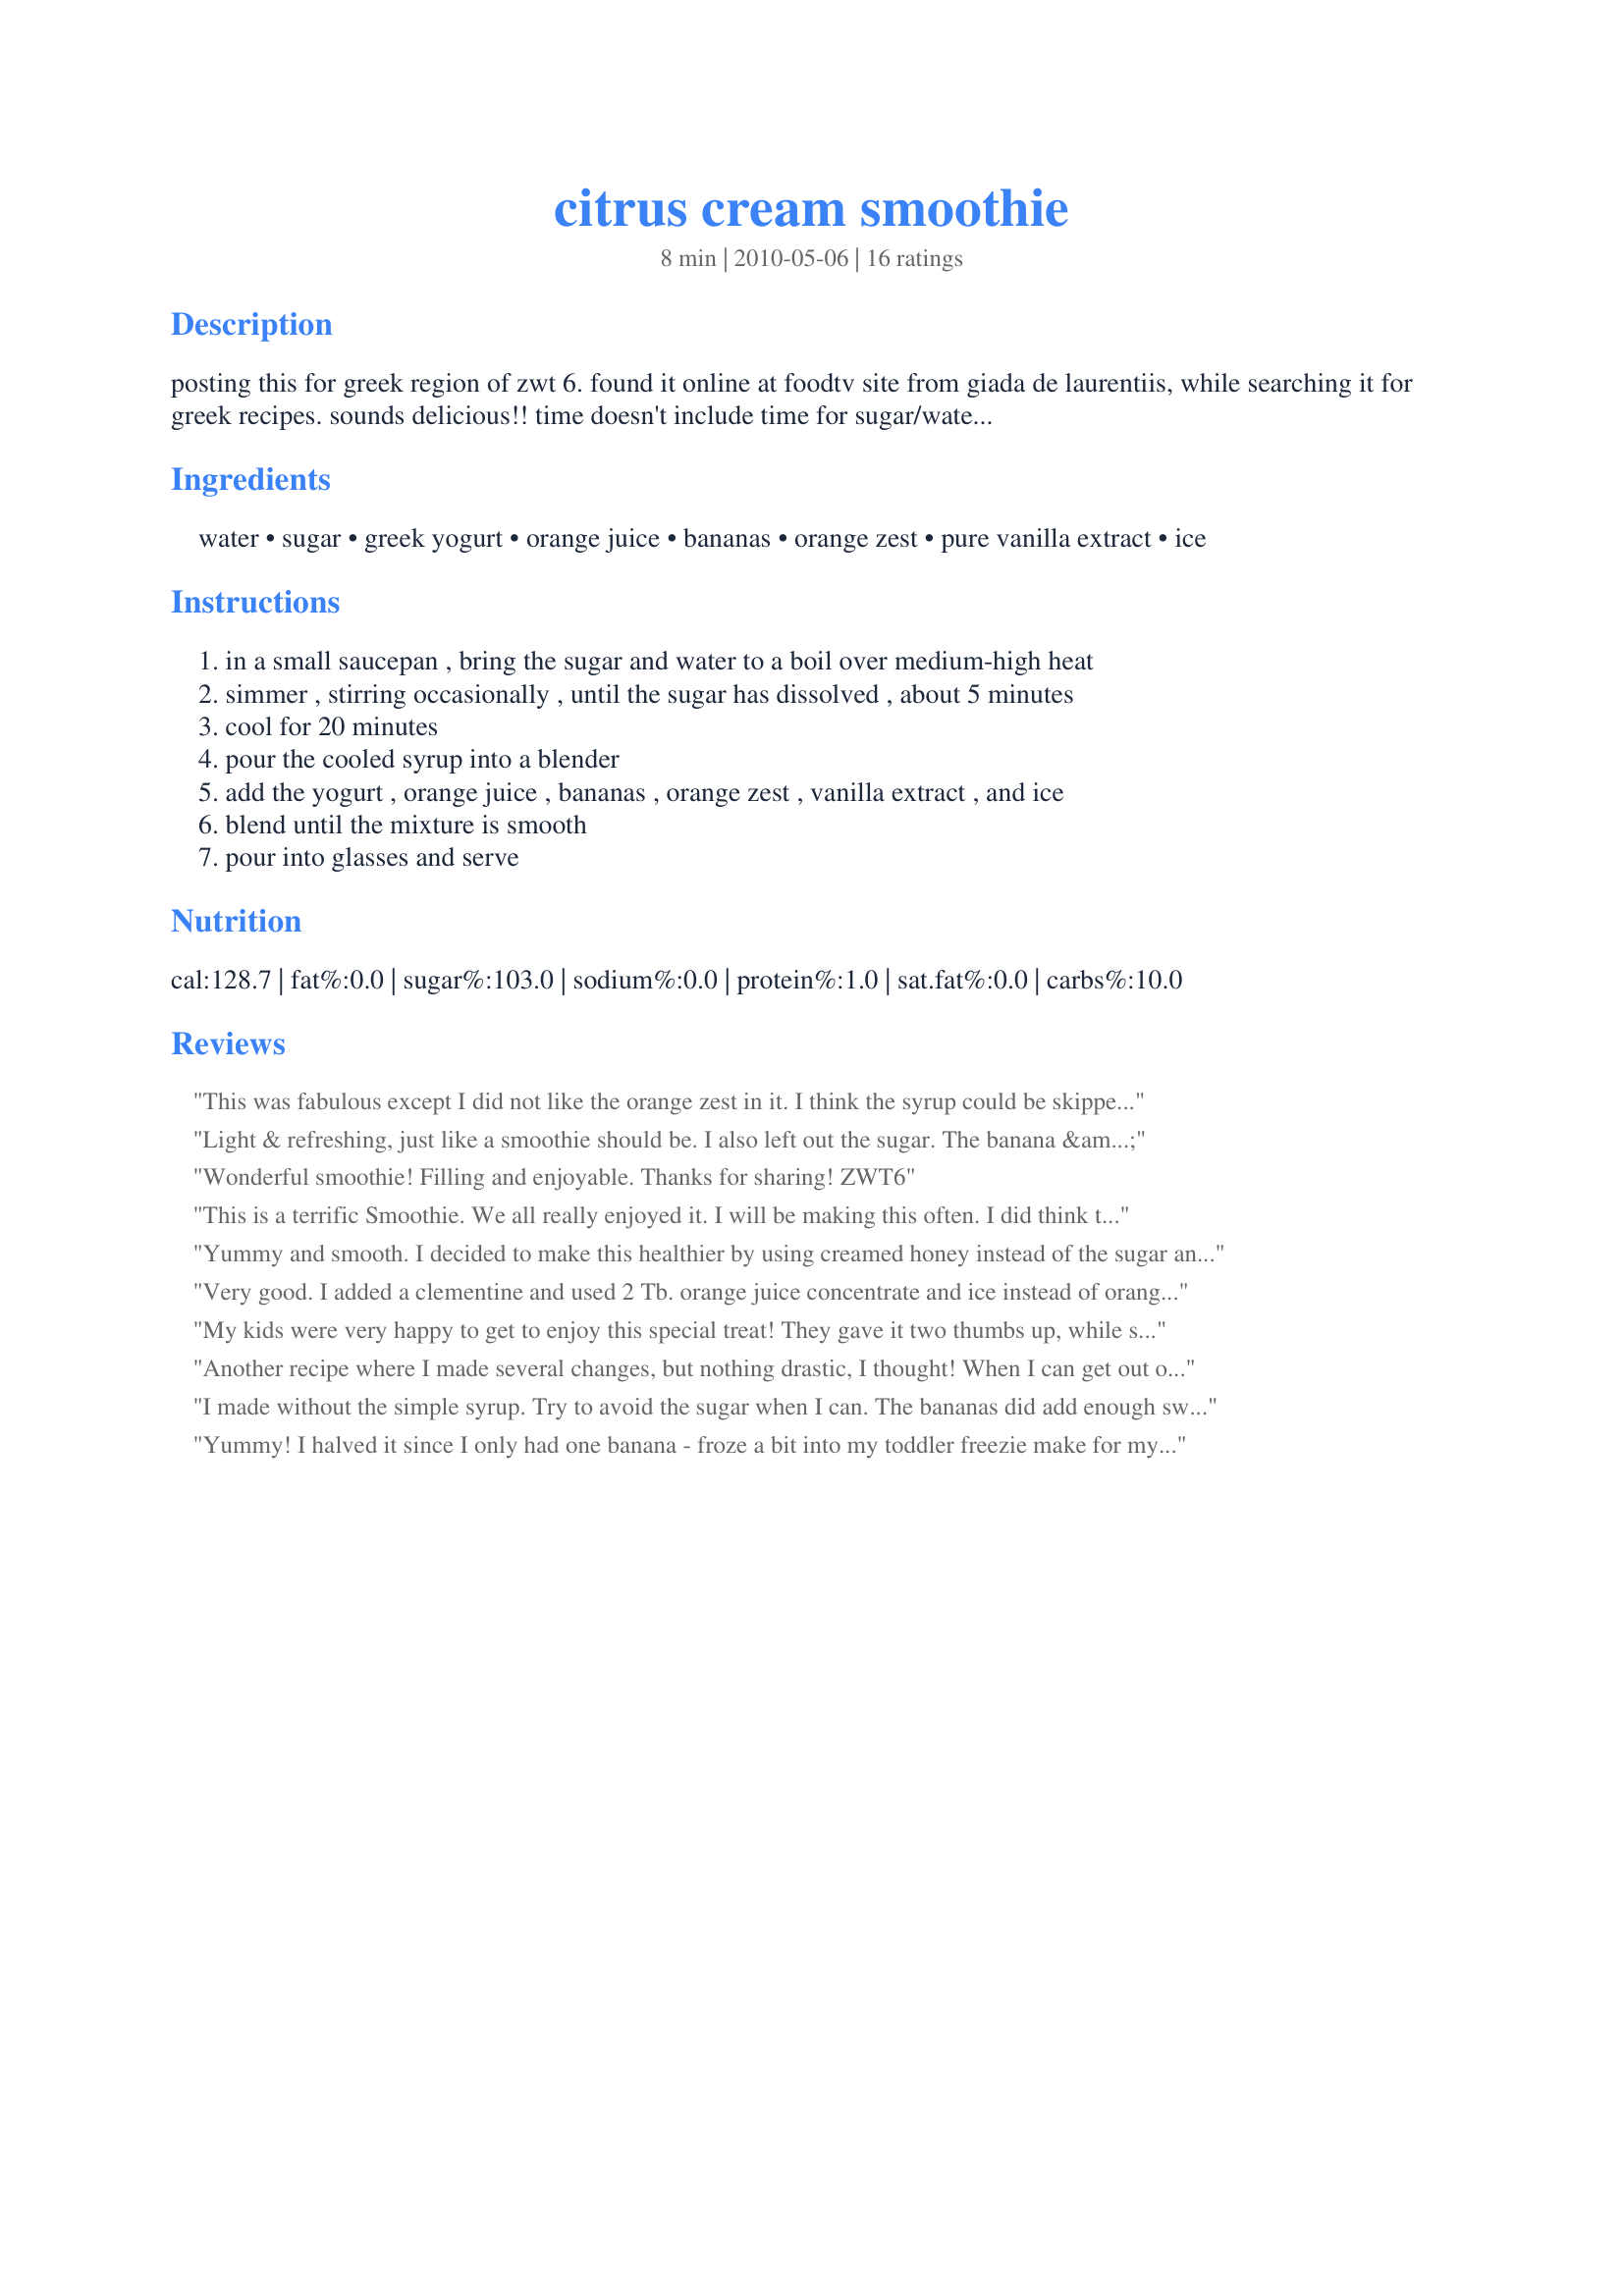
citrus cream smoothie
Preparation time: 8 minutes

posting this for greek region of zwt 6. found it online at foodtv site from giada de laurentiis, while searching it for greek recipes. sounds delicious!! time doesn't include time for sugar/water cooling.

Ingredients:
water, sugar, greek yogurt, orange juice, bananas, orange zest, pure vanilla extract, ice

Steps:
in a small saucepan , bring the sugar and water to a boil over medium-high heat
simmer , stirring occasionally , until the sugar has dissolved , about 5 minutes
cool for 20 minutes
pour the cooled syrup into a blender
add the yogurt , orange juice , bananas , orange zest , vanilla extract , and ice
blend until the mixture is smooth
pour into glasses and serve

Reviews:
This was fabulous except I did not like the orange zest in it. I think the syrup could be skipped; there&#039;s enough sweetness from the juice &amp; banana. It made a great breakfast for me for 2 days! Made for Mike &amp; the Appliance Killers, ZWT9.
Light & refreshing, just like a smoothie should be. I also left out the sugar. The banana & orange juice adds enough sweetness. Made for ZWT6 - No-Nonsense Nibblers
Wonderful smoothie! Filling and enjoyable. Thanks for sharing! ZWT6
This is a terrific Smoothie. We all really enjoyed it. I will be making this often. I did think that it could do with a little less sugar but no complaints from the crew! Thanks for sharing. Made for ZWT - X-tra Hot Dishes.
Yummy and smooth. I decided to make this healthier by using creamed honey instead of the sugar and water I also did not add ice cubes. The vanilla I used was a halal vanilla paste. Would make again. Made for ZWT6, Greece/Cyprus region, for my team The Ya Ya Cookerhood.
Very good. I added a clementine and used 2 Tb. orange juice concentrate and ice instead of orange juice.
My kids were very happy to get to enjoy this special treat! They gave it two thumbs up, while slurping it down. It's like a little vacation in a glass. Thanks for sharing! Made and reviewed for ZWT 6 for the No Nonsense Nibblers!
Another recipe where I made several changes, but nothing drastic, I thought! When I can get out of it, I really don't like including ice when making smoothies, so substituted a couple of frozen bananas for that ingredient! I also cut the sugar back to just 1/3 cup, but other than that . . . The 2 of us each had a great smoothie, too, thanks to your recipe! [Made & reviewed in I Recommend tag]
I made without the simple syrup. Try to avoid the sugar when I can. The bananas did add enough sweetness for me. I made one servings worth. Made for the Whine and Cheese ZWT 6.
Thanks
Yummy! I halved it since I only had one banana - froze a bit into my toddler freezie make for my little girl for later! Made for ZWT 9
This is a great smoothie! I used greek yogurt with honey and skipped the water/sugar option. Delicious! I'll definitely make this again. Made for ZWT6 ~ GREECE & the Greek Kid-Firendly Forum Challenge and the Queens of Quisine!
A Great Tasting Smoothie. Enjoyed by all. Made for ZWT6 the No-Nonsense Nibblers.
Fantastic smoothie. It reminds me of those Orange Julius drinks. Yummy! My daughter's friend had spent the night and these made for a lovely treat at breakfast this morning. Thanks for posting!
~Made for ZWT6 Zee Zany Zesty Cookz~
This was pretty good. A little on the runny side for me, but that could be that I like my smoothies, thick. I doubled the ice and it made it a little thicker. Made for the Nectar of the God's challenge ZWT6.
This creamy citrus smoothie makes a nice start to the day. I did change it to a vegan recipe by using organic soy yogurt instead of regular yogurt and because I only had vanilla on hand. Because of the use of vanilla yogurt I left out the vanilla extract and instead of making using simple syrup (step one) I just added another 1/2 cup of orange juice. Thanks for the tasty start to the day.
Oh, the kiddie joy this elicited from the grandbabes! Made for ZWT #6.
